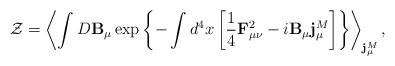
LaTeX: \begin{align*}{\cal Z}=\left<\int D{\bf B}_\mu\exp\left\{-\int d^4x\left[\frac14{\bf F}_{\mu\nu}^2-i{\bf B}_\mu {\bf j}_\mu^M\right]\right\}\right>_{{\bf j}_\mu^M},\end{align*}